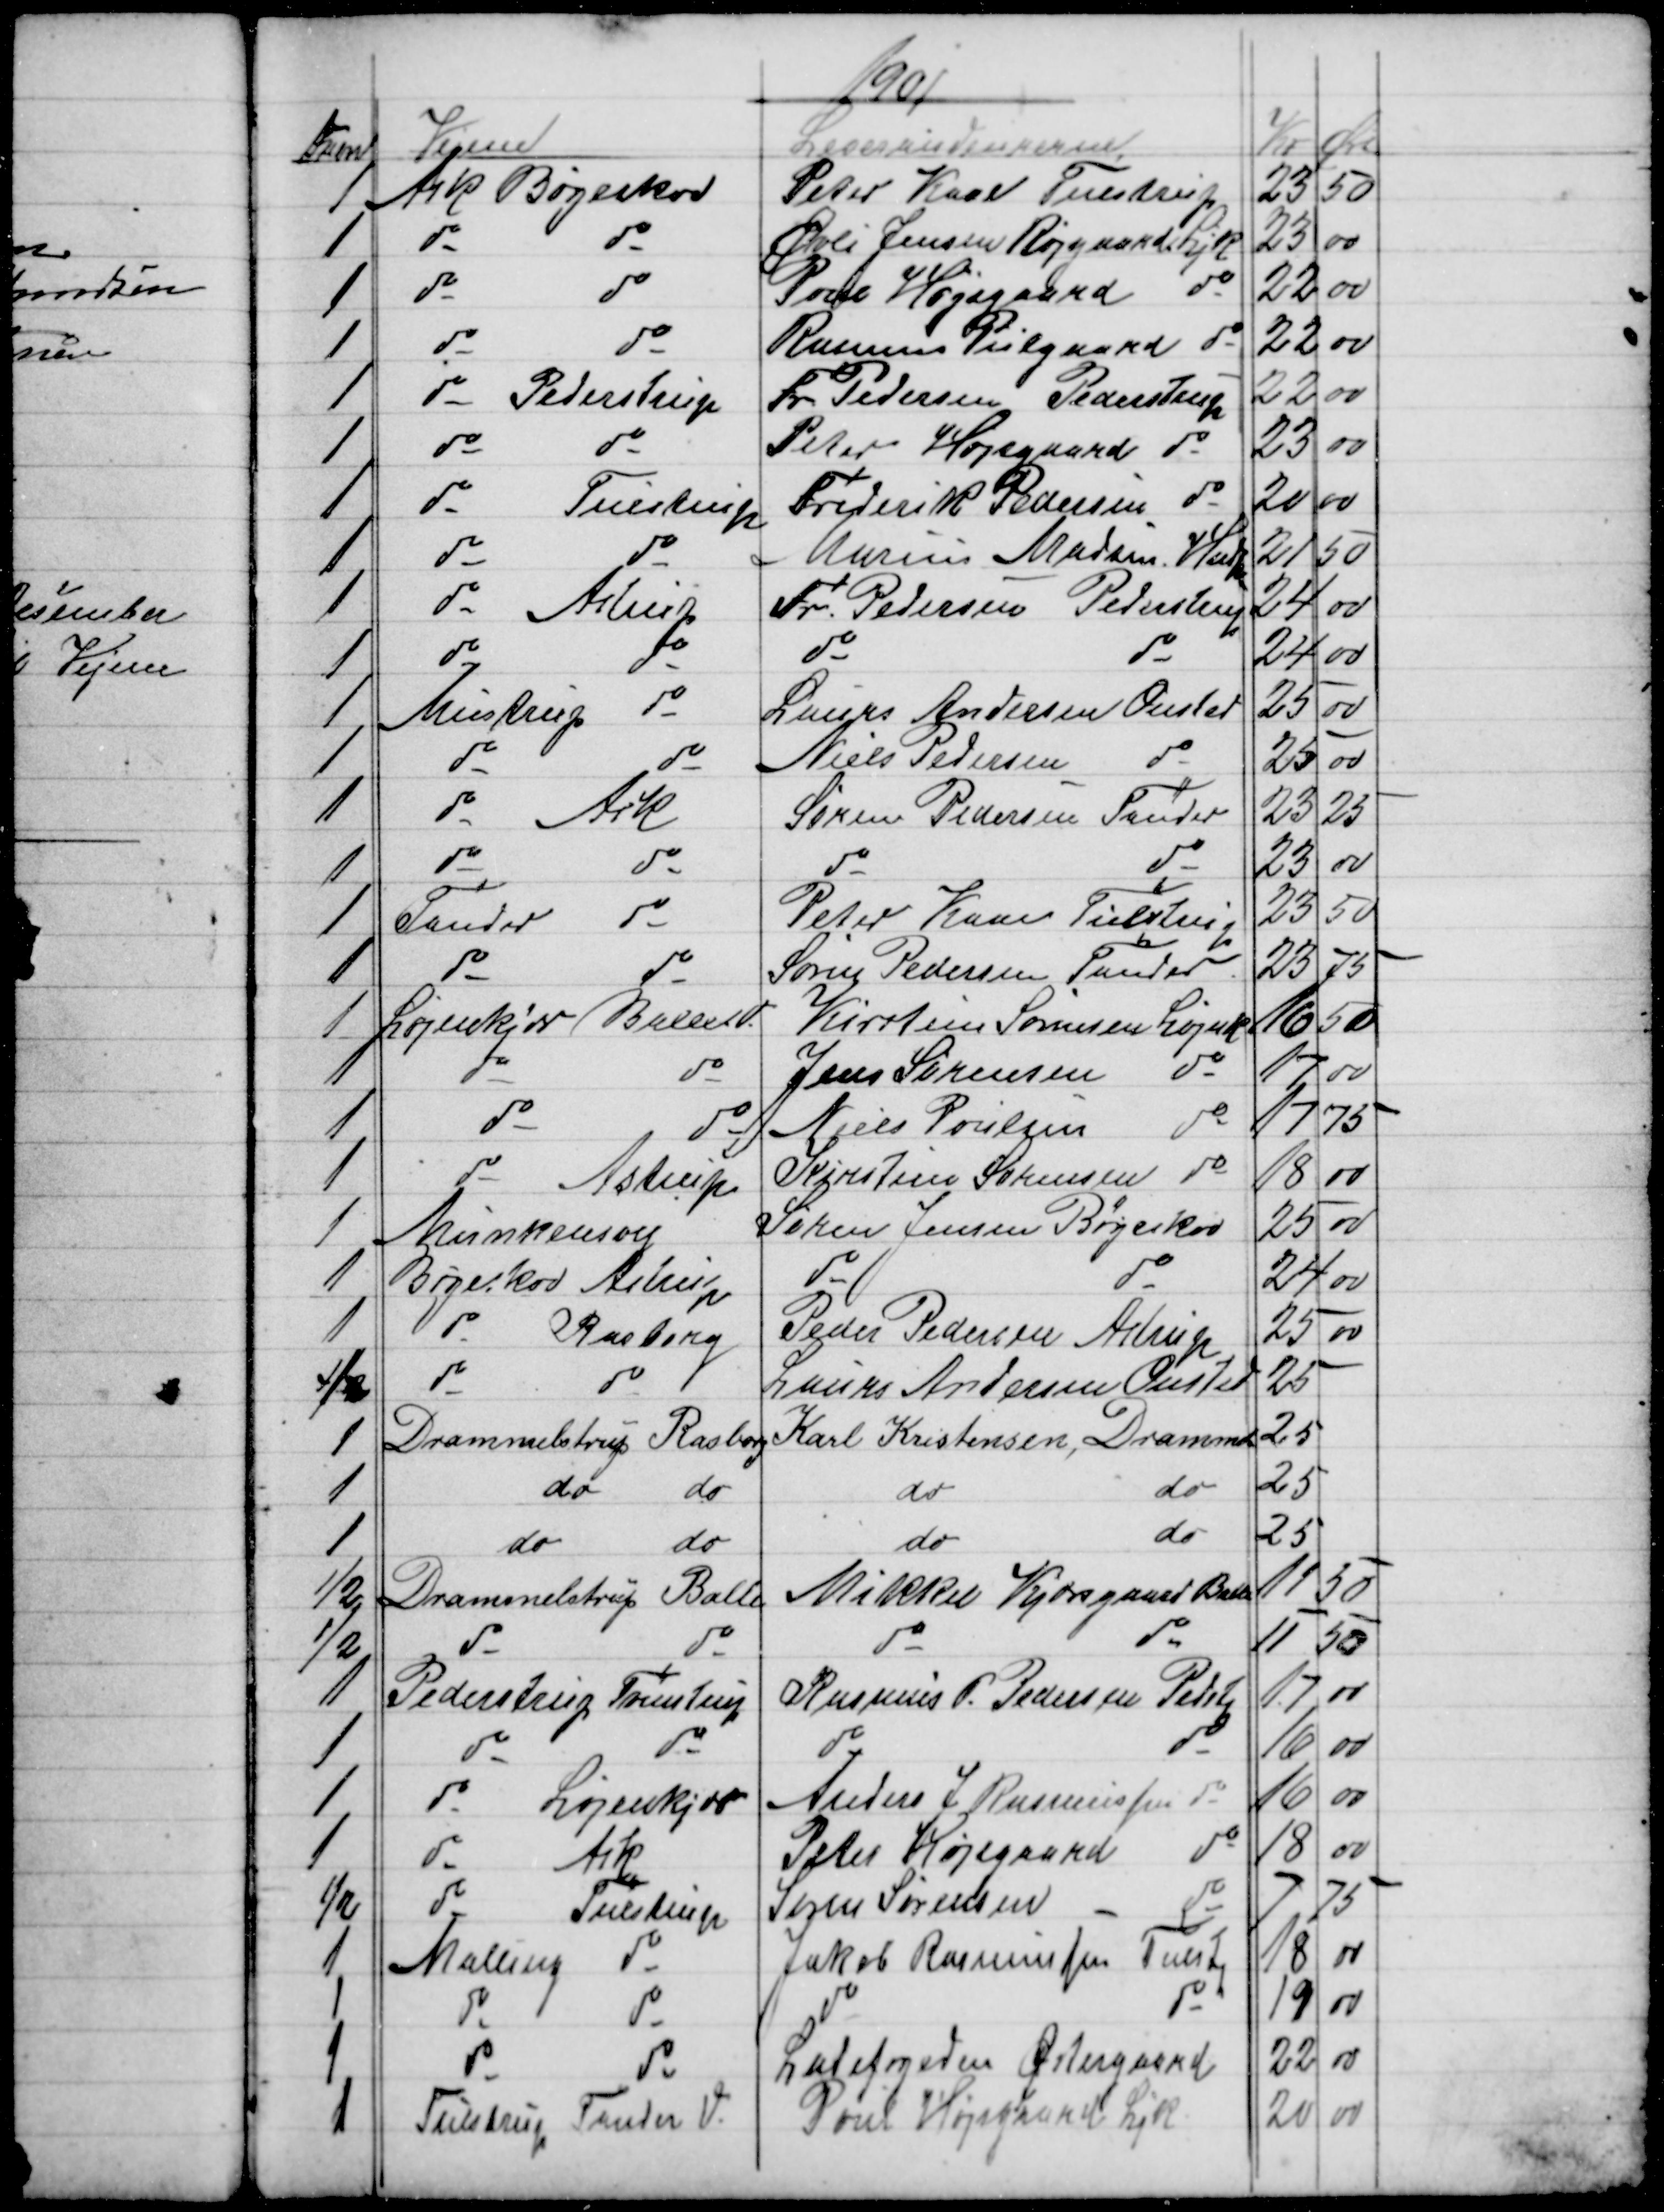
Transskription:
1901
Favn
Vejene
Leverandeurerne
Kr
Øre
1
 Ask Bøgeskov
Peter Kaae Tulstrup
23
50
1
do
do
Øvli Jensen Røjgaard Ljk
23
00
1
do
do
Poul Højsgaard
do
22
00
1
do
do
Rasmus Piilgaard do
22
00
1
do
Pederstrup
Fr. Pedersen Pederstrup
22
00
1
do
do
Peter Højsgaard do
23
00
1
do
Tulstrup
Frederik Pedersen do
20
00
1
do
do
Marius Madsen, Hndp
21
50
1
do
Astrup
Fr. Pedersen Pederstrup
24
00
1
do
do
do
do
24
00
1
Mustrup
do
Laurs Andersen Onsted
25
00
1
do
do
Niels Pedersen            
do
25
00
1
do
Ask
Søren Pedersen Tander
23
25
1
do
do
do
do
23
00
1
Tander
do
Peter Kaae Tulstrup
23
50
1
do
do
Søren Pedersen Tander
23
75
1
Løjenkjær Ballen do
Kirstine Sørensen Løjenk.
16 50
1
do
do
Jens Sørensen
do
17
00
1
do
do
Niels Poulsen
do
17
75
1
do
Astrup
Kirstine Sørensen do
18
00
1
Munkensvej
Søren Jensen Bøgeskov
25
00
1
Bøgeskov Astrup
do
do
24
00
1
do
Rasborg
Peder Pedersen Astrup
25
00
½
do
do
Laurs Andersen Onsted
25
1
Drammelstrup Rasborg 
Karl Kristensen, Dramml 
25
1
do
do
do
do
25
1
do
do
do
do
25
½
Drammelstrup Balle
Mikkel Kjærsgaard Balle
11
50
½
do
do
do
do
11
50
1 
Pederstrup Tvenstrup
Rasmus P. Pedersen Pedstp
17 00
1
do
do
do
do
16
00
1
do
Løjenkjær
Anders J. Rasmussen do
16
00
1
do
Ask
Peter Højsgaard
do
18
00
½
do
Tulstrup
Søren Sørensen
do
7
75
1 
Malling
do
Jakob Rasmussen Tulstp
18
00
1
do
do
do
do
19
00
1
do
do
Ladefogeden Østergaard
22
00
1
Tulstrup Tander V.
Poul Højsgaard Ljk.
20
00